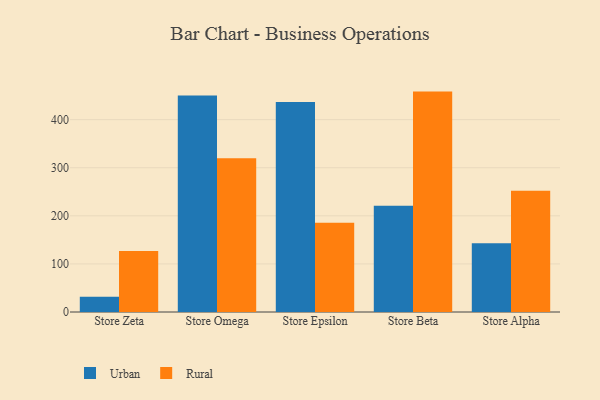
{"axis": {"x": "Store", "y": "Backlog"}, "legend": ["Rural", "Urban"], "data": [{"x": "Store Zeta", "y": 31.7, "type": "Urban"}, {"x": "Store Zeta", "y": 126.9, "type": "Rural"}, {"x": "Store Omega", "y": 450.4, "type": "Urban"}, {"x": "Store Omega", "y": 320.0, "type": "Rural"}, {"x": "Store Epsilon", "y": 436.9, "type": "Urban"}, {"x": "Store Epsilon", "y": 185.6, "type": "Rural"}, {"x": "Store Beta", "y": 221.2, "type": "Urban"}, {"x": "Store Beta", "y": 458.4, "type": "Rural"}, {"x": "Store Alpha", "y": 142.9, "type": "Urban"}, {"x": "Store Alpha", "y": 252.0, "type": "Rural"}]}